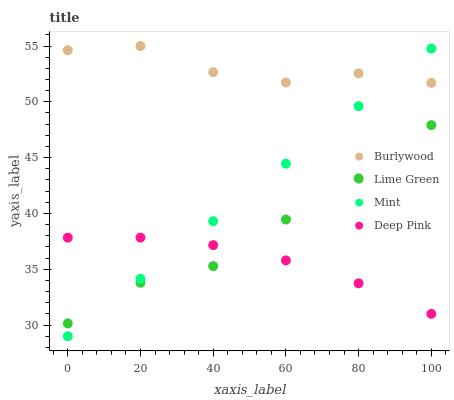
| xaxis_label | Burlywood | Lime Green | Mint | Deep Pink |
 | --- | --- | --- | --- | --- |
 | 0 | 54.6 | 30.2 | 29 | 37.8 |
 | 20 | 55 | 33.8 | 34.2 | 37.8 |
 | 40 | 52.7 | 35.3 | 39.3 | 37.2 |
 | 60 | 51.7 | 39.5 | 44.5 | 35.8 |
 | 80 | 52.6 | 43.1 | 49.6 | 33.7 |
 | 100 | 51.7 | 47.9 | 54.8 | 31 |